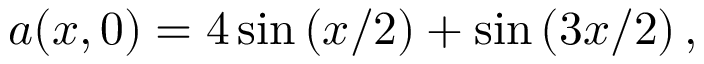
a ( x , 0 ) = 4 \sin \left( x / 2 \right) + \sin \left( 3 x / 2 \right) ,